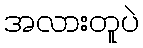
အလားတူပဲ